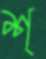
শ্